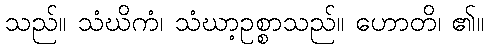
သည်။ သံဃိကံ၊ သံဃာ့ဥစ္စာသည်။ ဟောတိ၊ ၏။